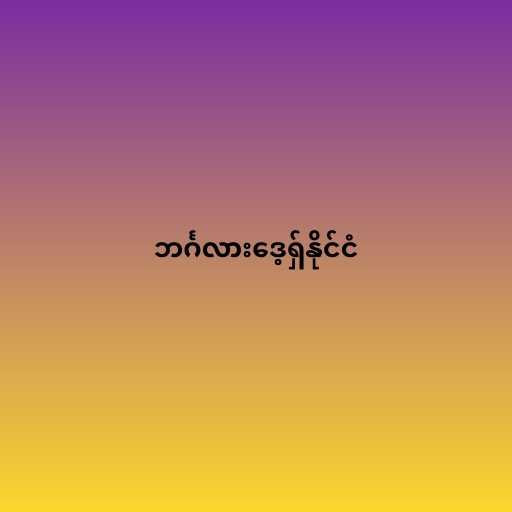
ဘင်္ဂလားဒေ့ရှ်နိုင်ငံ